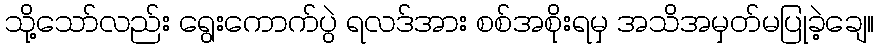
သို့သော်လည်း ရွေးကောက်ပွဲ ရလဒ်အား စစ်အစိုးရမှ အသိအမှတ်မပြုခဲ့ချေ။